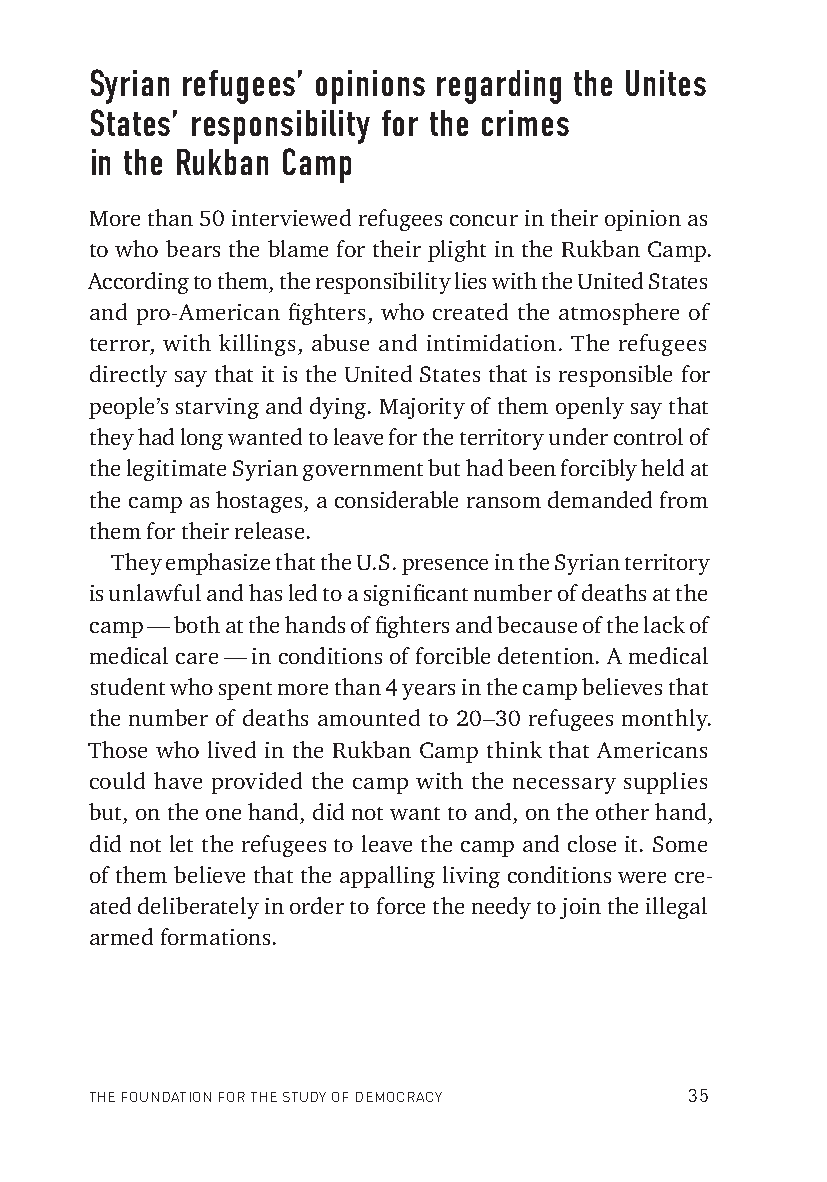
Syrian refugees’ opinions regarding the Unites
 States’ responsibility for the crimes
 in the Rukban Camp
 More than 50 interviewed refugees concur in their opinion as
 to who bears the blame for their plight in the Rukban Camp.
 According to them, the responsibility lies with the United States
 and pro-American fi ghters, who created the atmosphere of
 terror, with killings, abuse and intimidation. The refugees
 directly say that it is the United States that is responsible for
 people’s starving and dying. Majority of them openly say that
 they had long wanted to leave for the territory under control of
 the legitimate Syrian government but had been forcibly held at
 the camp as hostages, a considerable ransom demanded from
 them for their release.
 They emphasize that the U.S. presence in the Syrian territory
 is unlawful and has led to a signifi cant number of deaths at the
 camp — both at the hands of fi ghters and because of the lack of
 medical care — in conditions of forcible detention. A medical
 student who spent more than 4 years in the camp believes that
 the number of deaths amounted to 20–30 refugees monthly.
 Those who lived in the Rukban Camp think that Americans
 could have provided the camp with the necessary supplies
 but, on the one hand, did not want to and, on the other hand,
 did not let the refugees to leave the camp and close it. Some
 of them believe that the appalling living conditions were cre-
 ated deliberately in order to force the needy to join the illegal
 armed formations.
 THE FOUNDATION FOR THE STUDY OF DEMOCRACY 35